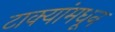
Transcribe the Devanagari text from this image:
टाक्यांमधून